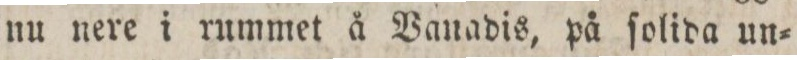
nu nere i rummet å Vanadis, på ſolida un=